NAE_ERA_R-2632_ENSV_TA_Emakeele_Selts_1945-1955, lk 110
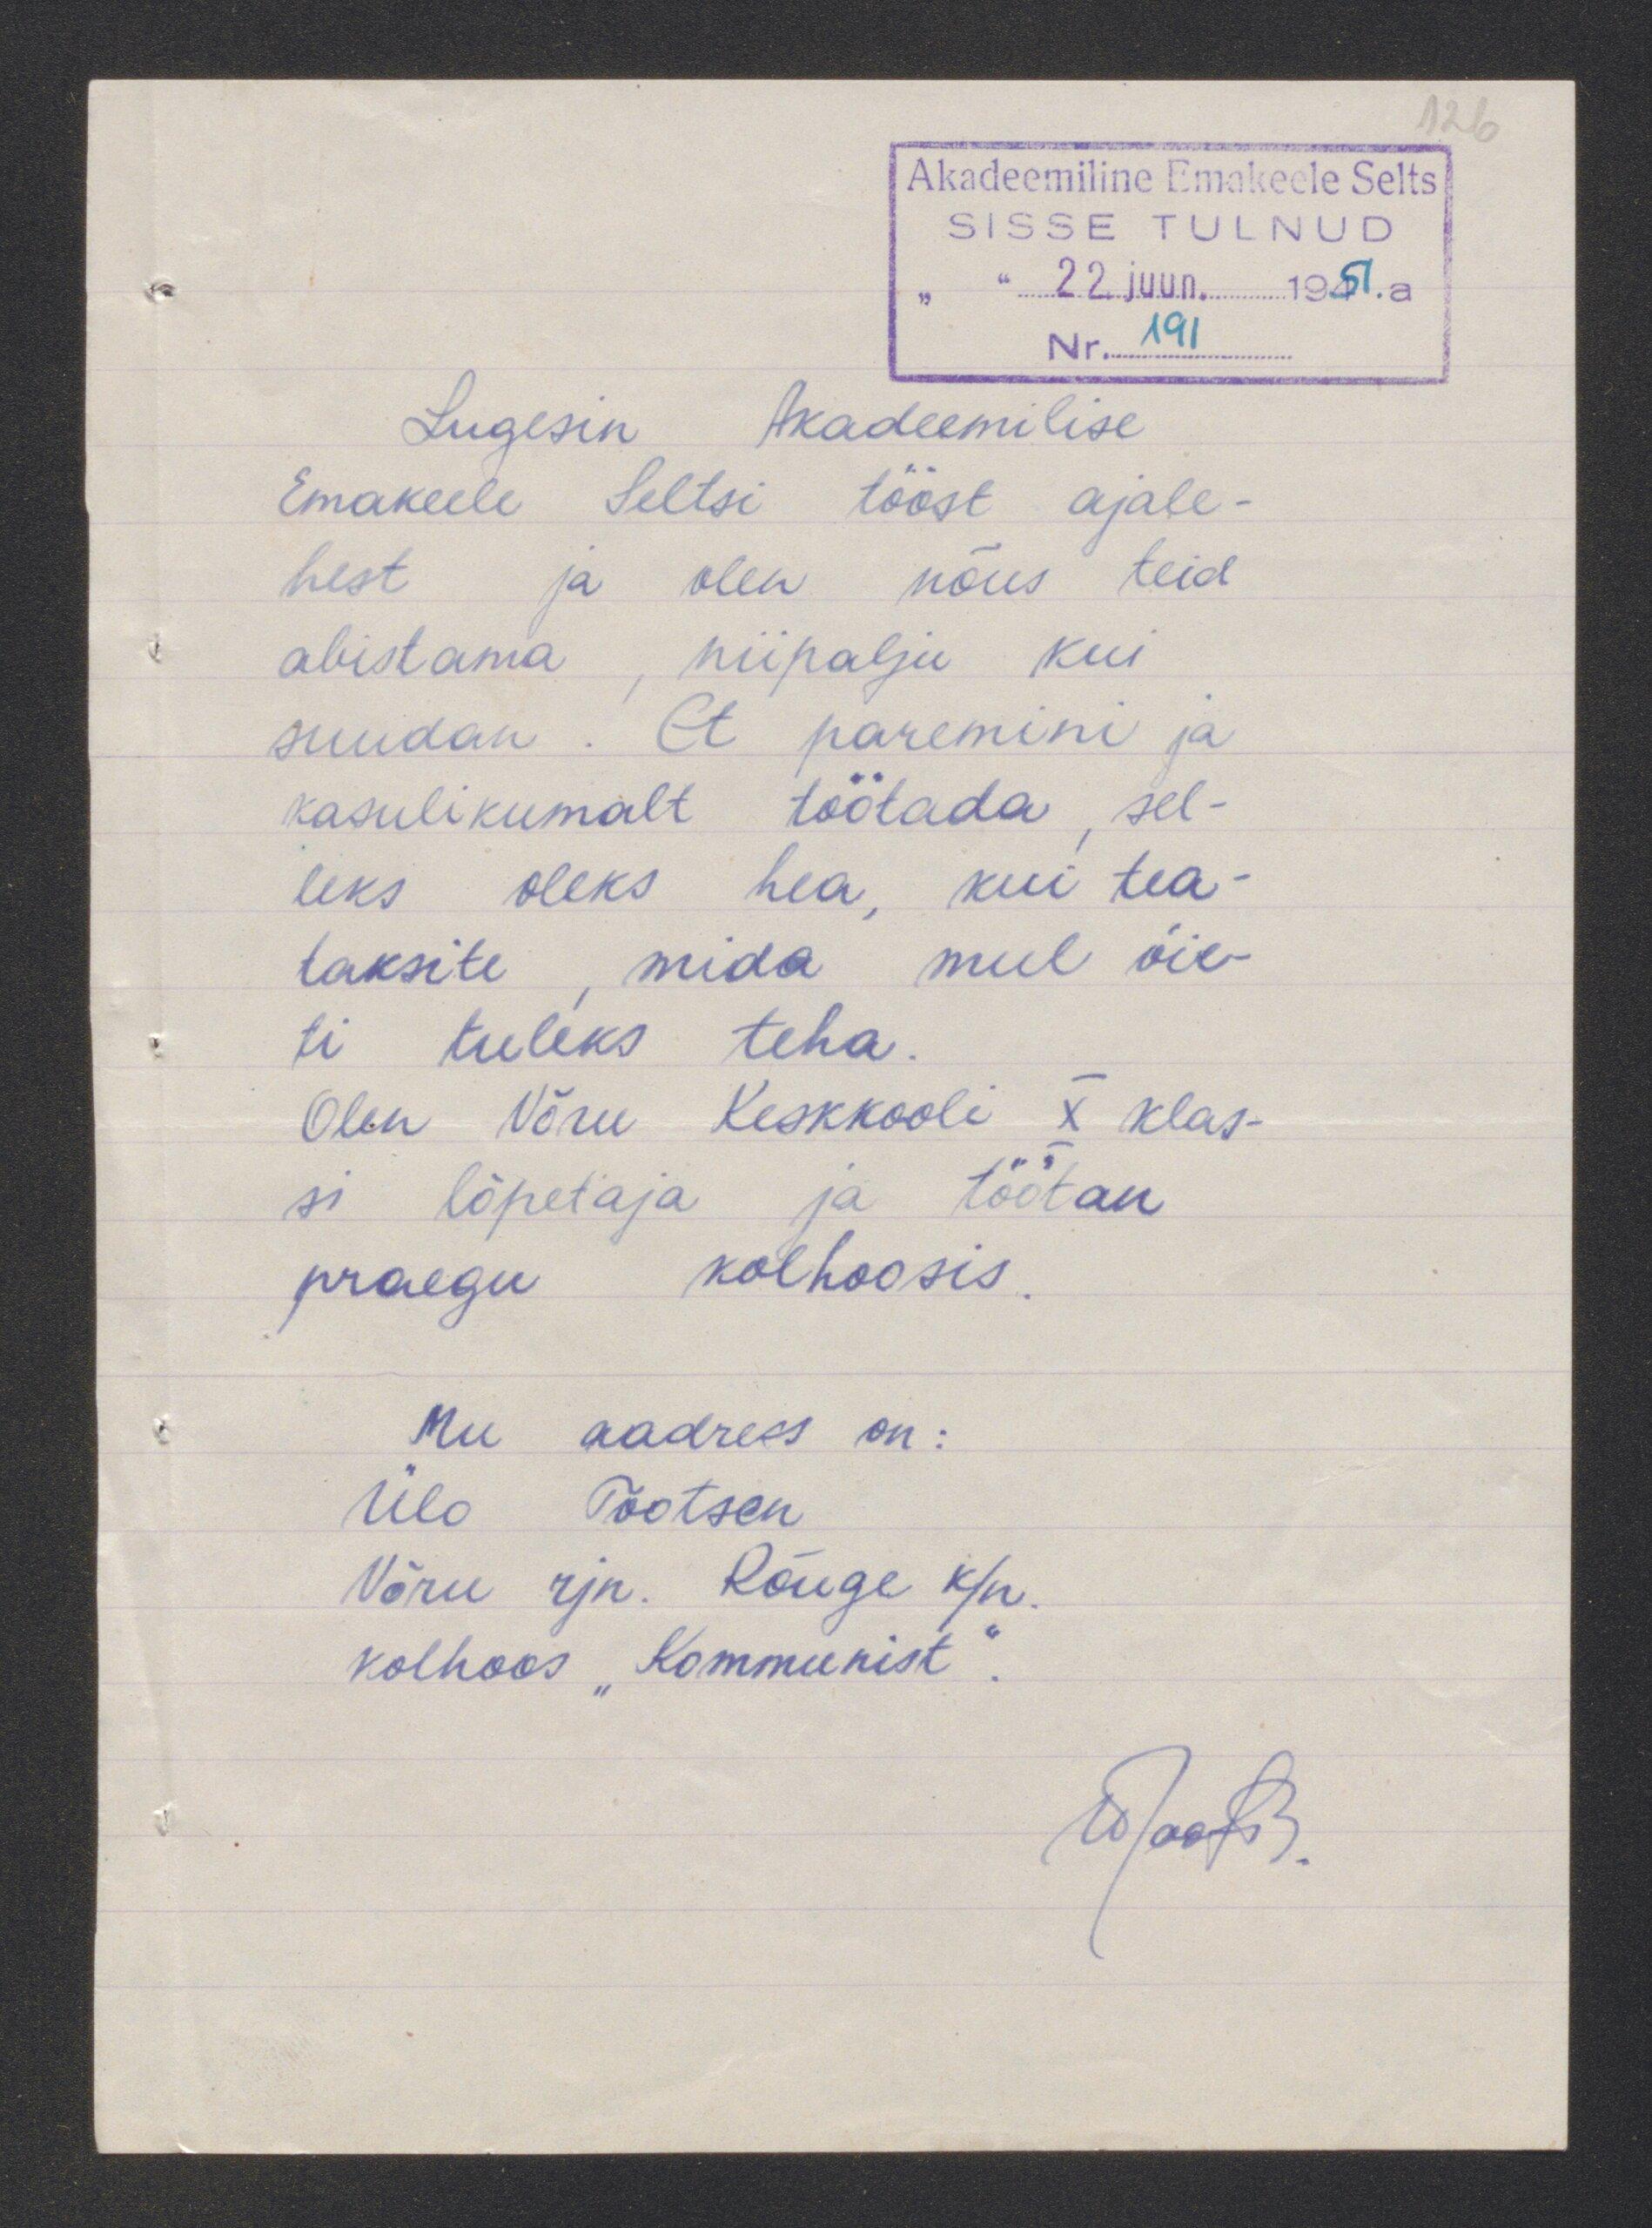
Akadeemiline Emakeele Selts
SISSE TULNUD
" 22. juun. 1951.a
Lugesin Akadeemilise
Emakeele Seltsi toöst ajale-
hest ja olen nõus teid
abistama, niipalju kui
suudan. Et paremini ja
kasulikumalt töötada, sel
eeks oleks hea, kui tea
taksite, mida mul õie
ti tuleks teha.
Olen Võru Keskkooli X klas-
si lõpetaja ja töötan
praegu kolhoosis.
Mu aadress on:
Ülo Tootsen
Võru rjn. Rõuge k/n
kolhoos "Kommunist".